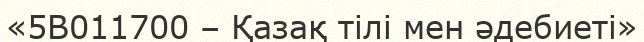
«5В011700 – Қазақ тілі мен әдебиеті»